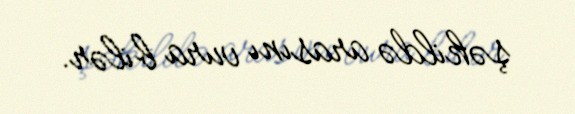
şəkildə arasını vura bilər.